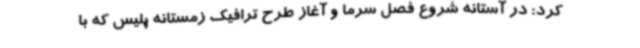
کرد: در آستانه شروع فصل سرما و آغاز طرح ترافیک زمستانه پلیس که با